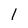
Character: l